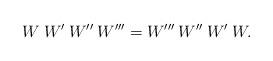
LaTeX: \begin{align*}W \> W' \> W'' \> W''' = W''' \> W'' \> W' \> W. \end{align*}